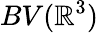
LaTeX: BV(\mathbb{R}^{3})